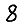
Digit: 8